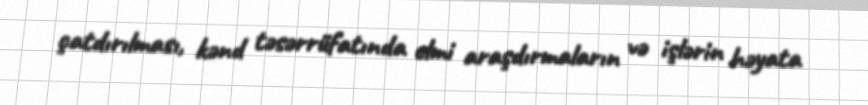
çatdırılması, kənd təsərrüfatında elmi araşdırmaların və işlərin həyata